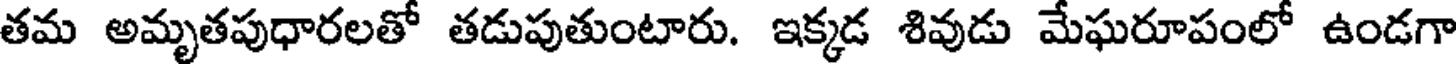
తమ అమృతపుధారలతో తడుపుతుంటారు. ఇక్కడ శివుడు మేఘరూపంలో ఉండగా